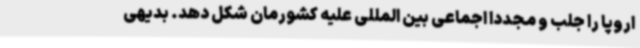
اروپا را جلب و مجددا اجماعی بین المللی علیه کشورمان شکل دهد. بدیهی